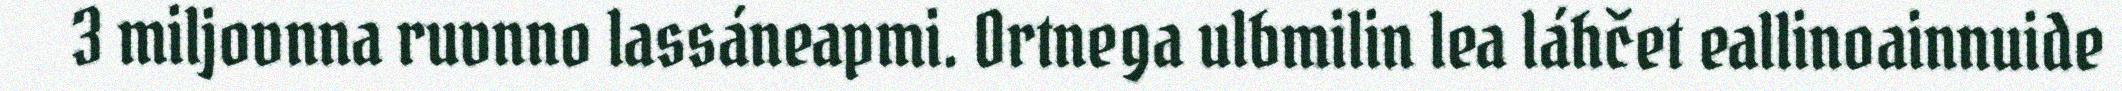
3 miljovnna ruvnno lassáneapmi. Ortnega ulbmilin lea láhčet eallinoainnuide